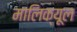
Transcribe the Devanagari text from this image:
मालिक्यूल